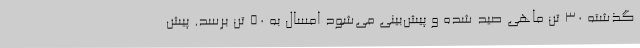
گذشته 30 تن ماهی صید شده و پیش‌بینی می‌شود امسال به 50 تن برسد. پیش